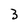
Character: 3